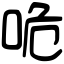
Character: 𠱓